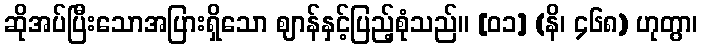
ဆိုအပ်ပြီးသောအပြားရှိသော ဈာန်နှင့်ပြည့်စုံသည်။ [၀၁] (နိ၊ ၄၆၈) ဟုတွာ၊